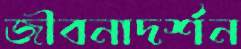
জীবনাদর্শন